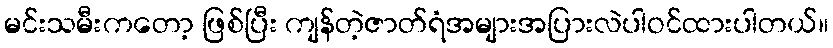
မင်းသမီးကတော့ ဖြစ်ပြီး ကျန်တဲ့ဇာတ်ရံအများအပြားလဲပါဝင်ထားပါတယ်။